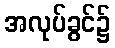
အလုပ်ခွင်၌